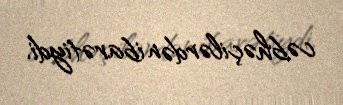
cəbhəçilərdən ibarətiydi.